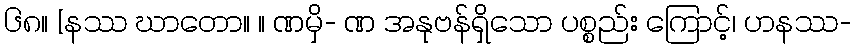
၆၈။ [နဿ ဃာတော။ ။ ဏမှိ- ဏ အနုဗန်ရှိသော ပစ္စည်း ကြောင့်၊ ဟနဿ-